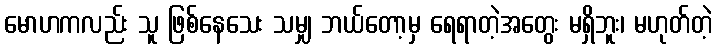
မောဟကလည်း သူ ဖြစ်နေသေး သမျှ ဘယ်တော့မှ ရေရာတဲ့အတွေး မရှိဘူး၊ မဟုတ်တဲ့